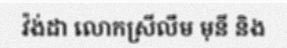
វ៉ង់ដា លោកស្រីលឹម មុនី និង